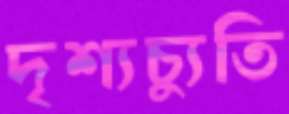
দৃশ্যচ্যুতি